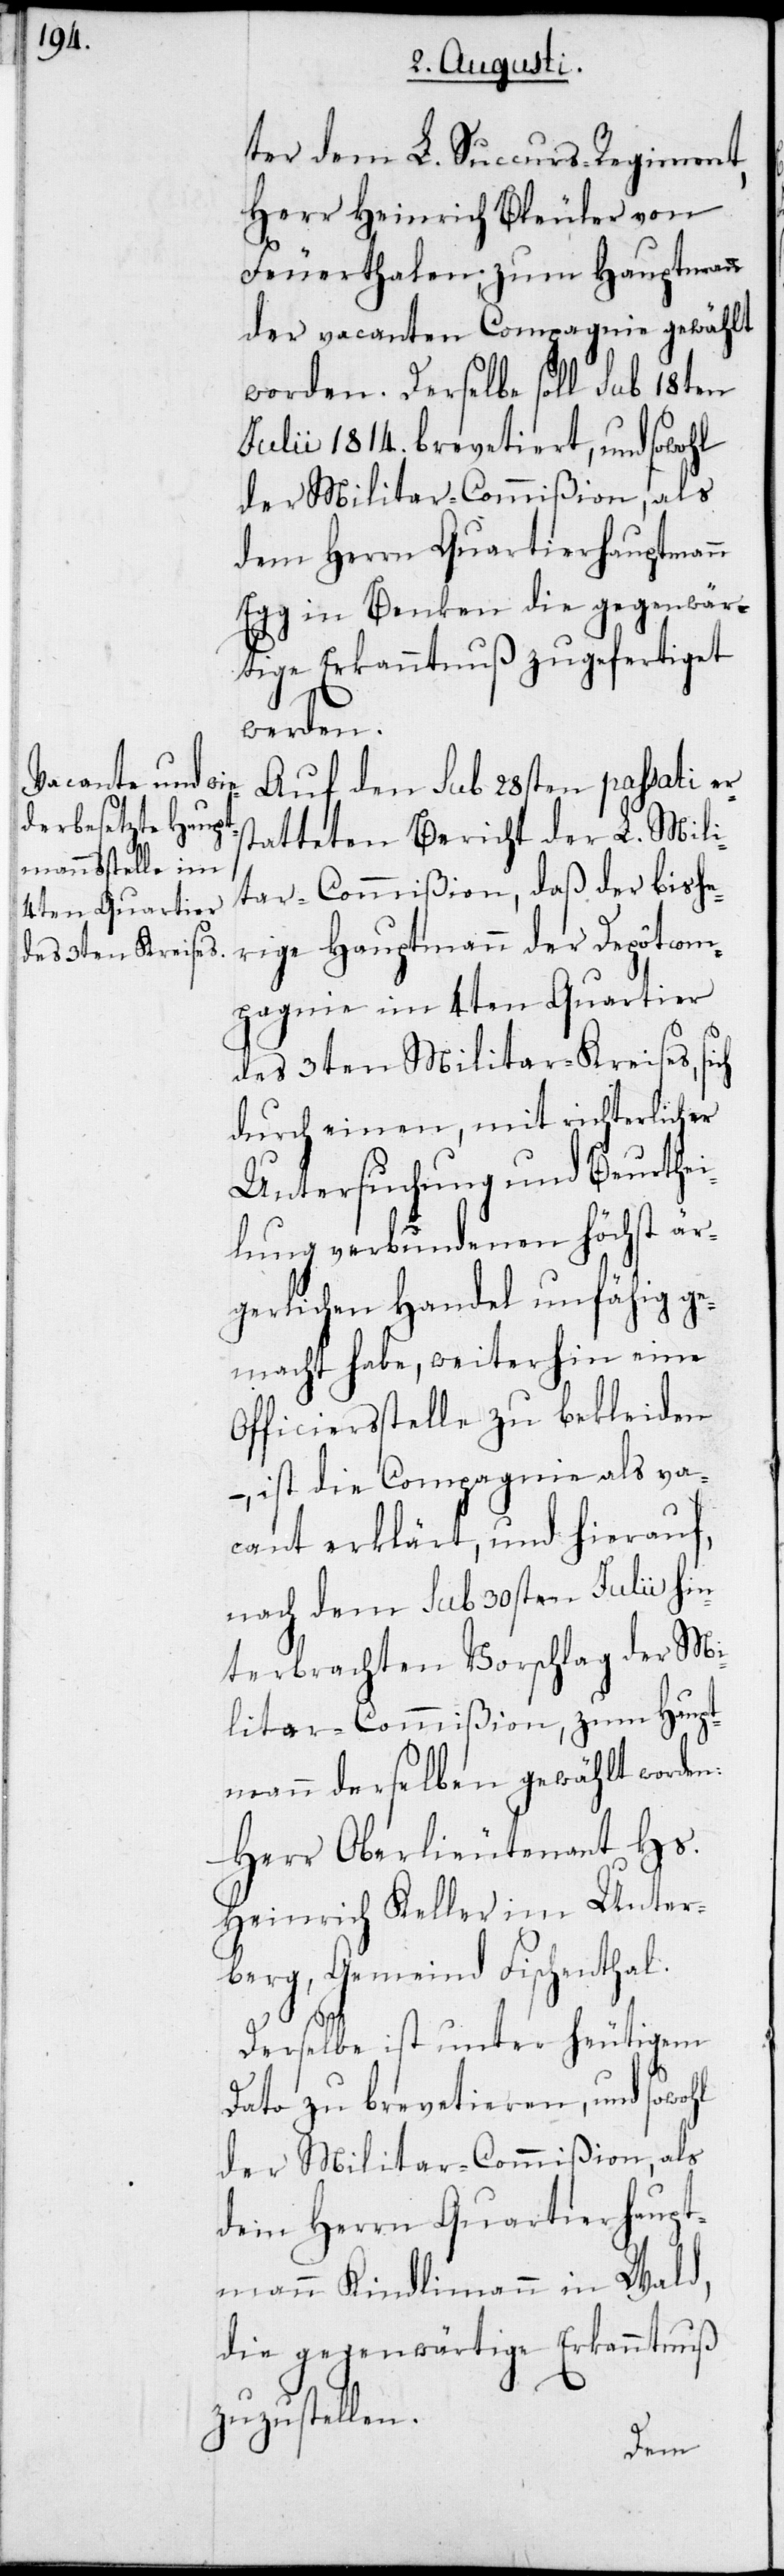
ter dem L. Succurs-Regiment,
Herr Heinrich Bleuler von
Feuerthalen, zum Hauptmann
der vacanten Compagnie gewählt
worden. Derselbe soll sub 18ten
Julii 1814. brevetiert, und sowohl
der Militar-Commißion, als
dem Herrn Quartierhauptmann
Egg in Benken die gegenwär¬
tige Erkanntnuß zugefertiget
worden:
Auf den sub 28sten passati er¬
statteten Bericht der L. Mili¬
tar-Commißion, daß der bishe¬
rige Hauptmann der Depotcom¬
pagnie im 4ten Quartier
des 3ten Militar-Kreises, sich
durch einen, mit richterlicher
Untersuchung und Beurthei¬
lung verbundenen höchst är¬
gerlichen Handel unfähig ge¬
macht habe, weiterhin eine
Officiersstelle zu bekleiden,
– ist die Compagnie als va¬
cant erklärt, und hierauf,
nach dem sub 30sten Julii hin¬
terbrachten Vorschlag der Mi¬
litar-Commißion, zum Haupt¬
Herr Oberlieutenant Hs.
Heinrich Keller im Unter¬
berg, Gemeinde Fischenthal.
Derselbe ist unter heutigem
Dato zu brevetieren, und sowohl
der Militar-Commißion, als
dem Herrn Quartierhaupt¬
mann Kindlimann in Wald,
die gegenwärtige Erkanntnuß
zuzustellen.
mann